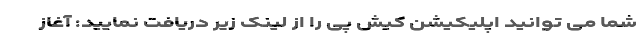
شما می توانید اپلیکیشن کیش پی را از لینک زیر دریافت نمایید: آغاز